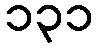
၁၃၁